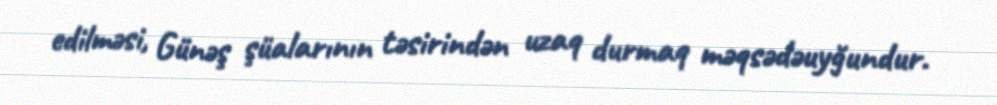
edilməsi, Günəş şüalarının təsirindən uzaq durmaq məqsədəuyğundur.